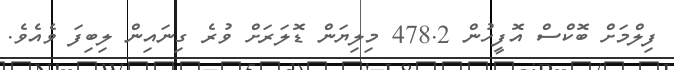
ފިލްމަށް ބޮކްސް އޮފީހުން 478.2 މިލިޔަން ޑޮލަރަށް ވުރެ ގިނައިން ލިބިފަ ވެއެވެ.